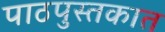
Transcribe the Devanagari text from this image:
पाठपुस्तकात